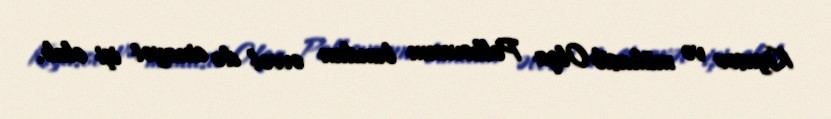
Kiyasov və mühasib Olqa Polkovanın bundan əvvəl də cinayət işi olub.